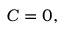
C = 0 ,